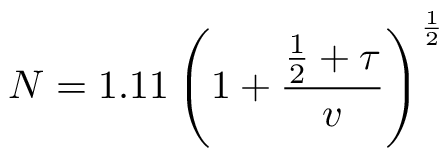
N = 1 . 1 1 \left( 1 + { \frac { { \frac { 1 } { 2 } } + \tau } { v } } \right) ^ { \frac { 1 } { 2 } }